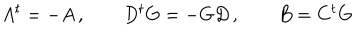
A ^ { t } = - A \, , \qquad D ^ { t } G = - G D \, , \qquad B = C ^ { t } G